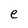
Character: e